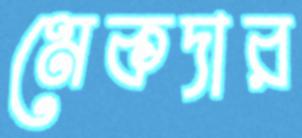
মেকদার